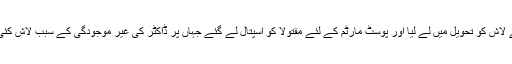
اطلاح ملنے پر پولیس نے لاش کو تحویل میں لے لیا اور پوسٹ مارٹم کے لئے مقتولا کو اسپتال لے گئے جہاں پر ڈاکٹر کی غیر موجودگی کے سبب لاش کئی دیر تک وہاں پڑی رہی۔